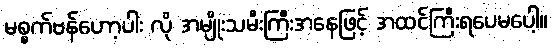
မစ္စက်ဗန်ဟော့ပါး လို အမျိုးသမီးကြီးအနေဖြင့် အထင်ကြီးရပေမပေါ့။